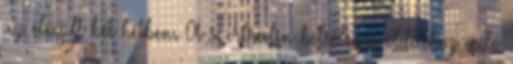
az elmúlt két hétben. A szertralin belsőleges oldathoz való